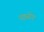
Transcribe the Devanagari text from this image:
उइसेग